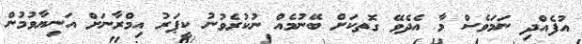
އުފެއްދި ނަމަވެސް މާ އެދެވޭ ގޮތކަށް ބޭނުމެއް ނުކުރެވުނު ކީޕަރު އިމްރާނަށް އަނިޔާވުމުން